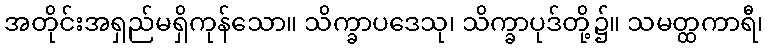
အတိုင်းအရှည်မရှိကုန်သော။ သိက္ခာပဒေသု၊ သိက္ခာပုဒ်တို့၌။ သမတ္ထကာရီ၊